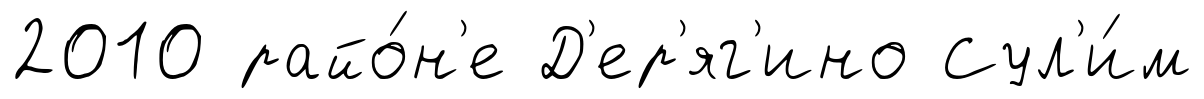
2010 райо́н'е Д'ер'яг'ино Сул'и́м